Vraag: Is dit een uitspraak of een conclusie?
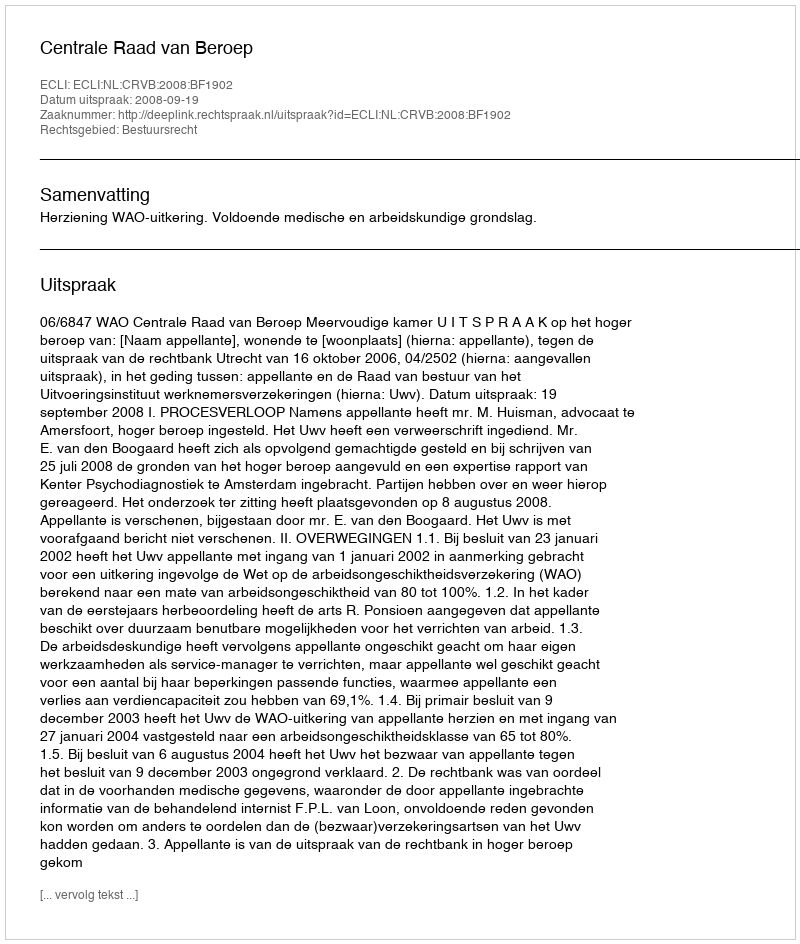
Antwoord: Uitspraak